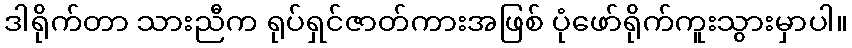
ဒါရိုက်တာ သားညီက ရုပ်ရှင်ဇာတ်ကားအဖြစ် ပုံဖော်ရိုက်ကူးသွားမှာပါ။